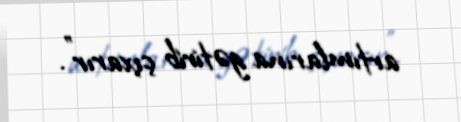
artımlarına gətirib çıxarır”.